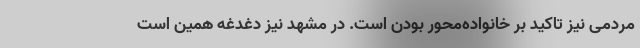
مردمی نیز تاکید بر خانواده‌محور بودن است. در مشهد نیز دغدغه همین است